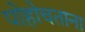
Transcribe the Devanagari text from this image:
पोहोचताना